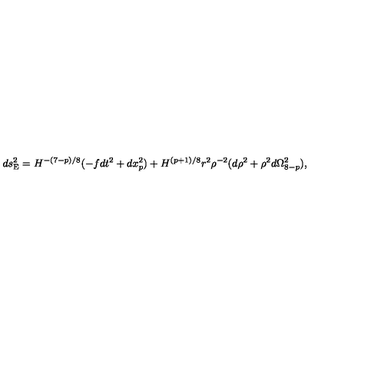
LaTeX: d s _ { \mathrm { E } } ^ { 2 } = H ^ { - ( 7 - p ) / 8 } ( - f d t ^ { 2 } + d x _ { p } ^ { 2 } ) + H ^ { ( p + 1 ) / 8 } r ^ { 2 } \rho ^ { - 2 } ( d \rho ^ { 2 } + \rho ^ { 2 } d \Omega _ { 8 - p } ^ { 2 } ) ,